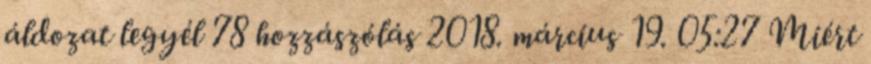
áldozat legyél 78 hozzászólás 2018. március 19. 05:27 Miért